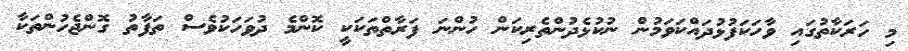
މި ހަރަކާތުގައި ވާހަކަފުޅުދައްކަވަމުން ނުކުޅެދުންތެރިކަން ހުންނަ ފަރާތްތަކަކީ ކޮންމެ ދުވަހަކުވެސް ތަފާތު ގޮންޖެހުންތަކާ